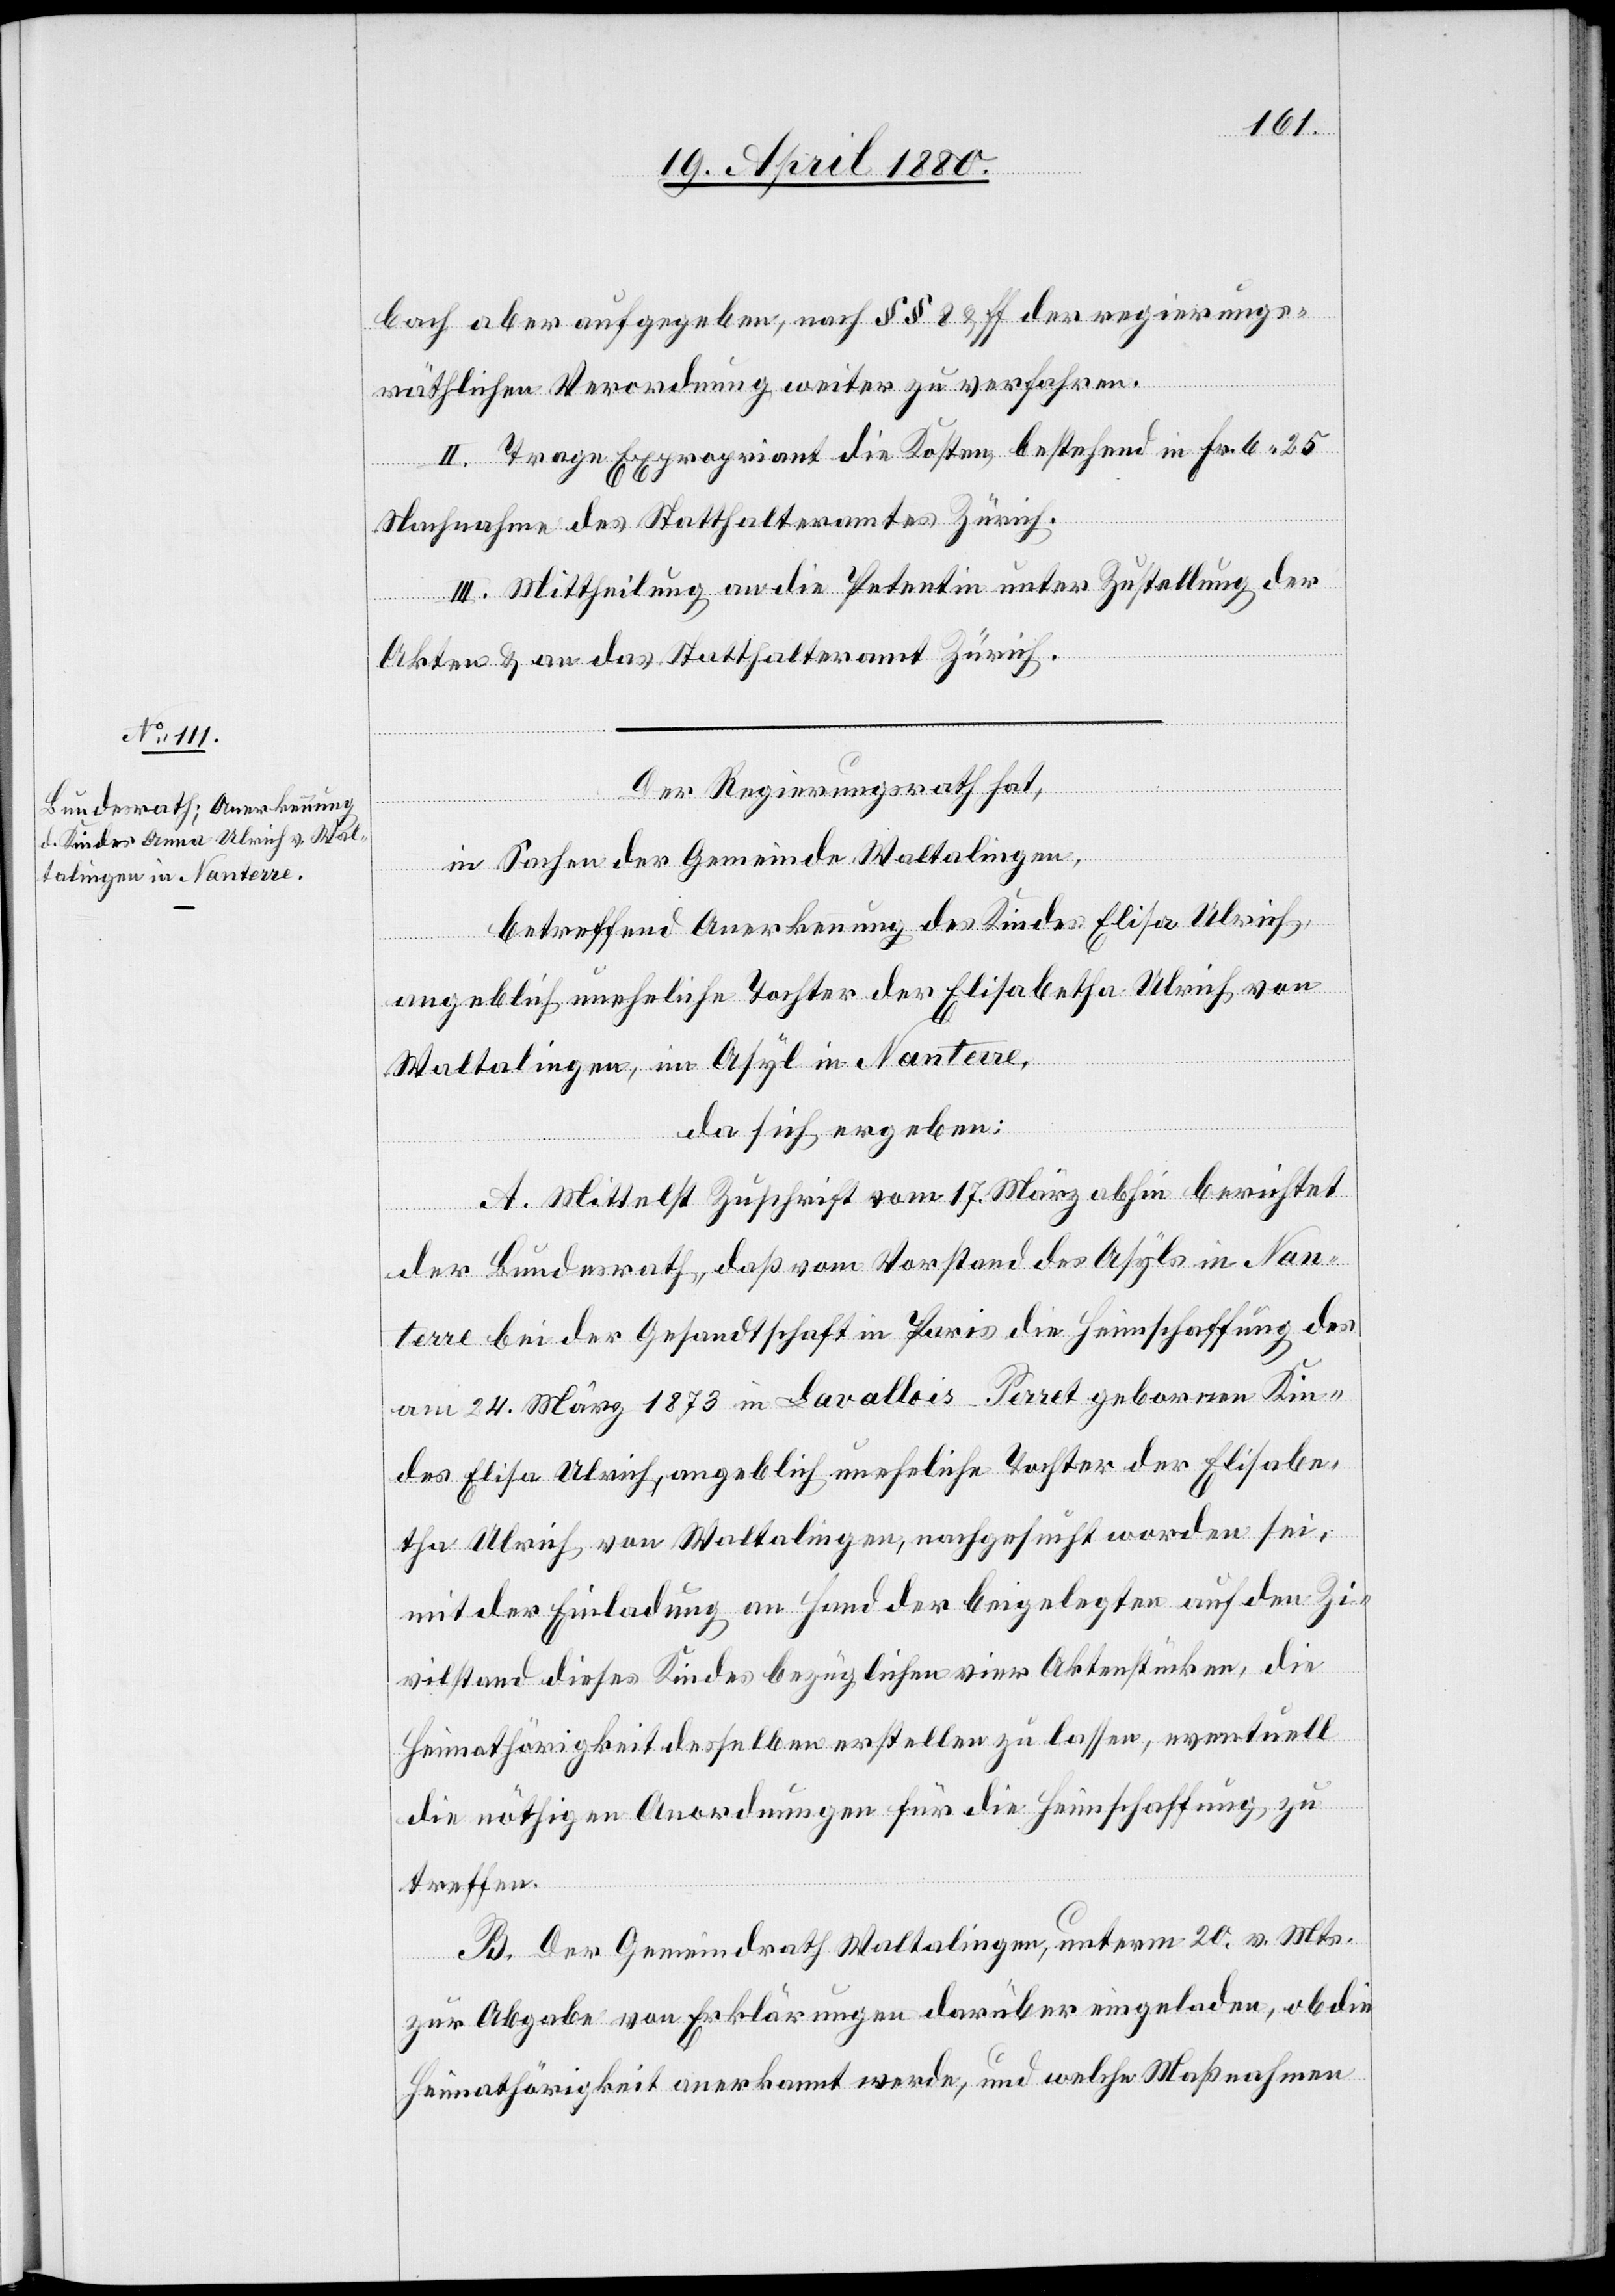
bach aber aufgegeben, nach §§ 8 & ff. der regierungs¬
räthlichen Verordnung weiter zu verfahren.
II. Trage Expropriant die Kosten, bestehend in Fr. 6.25
Nachnahme des Statthalteramtes Zürich.
III. Mittheilung an die Petentin unter Zustellung der
Akten & an das Statthalteramt Zürich.
Der Regierungsrath hat,
in Sachen der Gemeinde Waltalingen,
betreffend Anerkennung des Kindes Elisa Ulrich
angeblich uneheliche Tochter der Elisabetha Ulrich von
Waltalingen, im Asyl in Nanterre,
da sich ergeben:
A. Mittelst Zuschrift vom 17. März abhin berichtet
der Bunderath, daß vom Vorstand des Asyls in Nan¬
terre bei der Gesandtschaft in Paris die Heimschaffung des
am 24. März 1873 in Lavallois-Perret gebornen Kin¬
des Elisa Ulrich, angeblich uneheliche Tochter der Elisabe¬
tha Ulrich von Waltalingen, nachgesucht worden sei,
mit der Einladung an Hand der beigelegten auf den Zi¬
vilstand dieses Kindes bezüglichen vier Aktenstücken, die
Heimathörigkeit desselben erstellen zu lassen, eventuell
die nöthigen Anordnungen für die Heimschaffung, zu
treffen.
B. Der Gemeindrath Waltalingen, unterm 20. v. Mts.
zur Abgabe von Erklärungen darüber eingeladen, ob die
Heimathörigkeit anerkannt werde, und welche Maßnahmen